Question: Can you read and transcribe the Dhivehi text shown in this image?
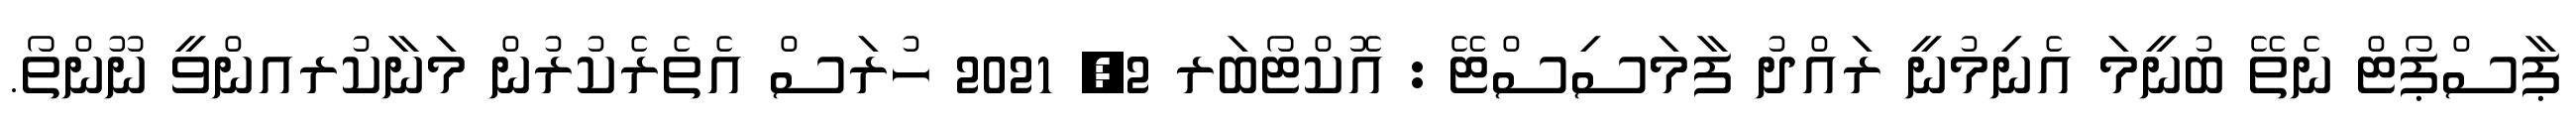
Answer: ޕާސްޕޯޓް ނެތޭ ބުނީމަ އެނިމުނީ ރައްދު ފާމަސިސްޓޭ : އޮކްޓޯބަރ 2, 2021 ހުރަސް އެތެރެކުރުން މަނާކުރއންވީ ނޫންތޯ.